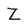
Character: Z